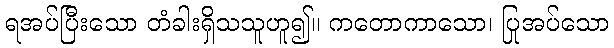
ရအပ်ပြီးသော တံခါးရှိသသူဟူ၍။ ကတောကာသော၊ ပြုအပ်သော